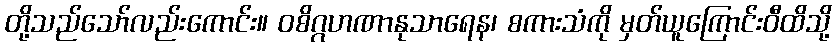
တို့သည်သော်လည်းကောင်း။ ဝစိဂ္ဂဟဏာနုသာရေန၊ စကားသံကို မှတ်ယူကြောင်းဝီထိသို့